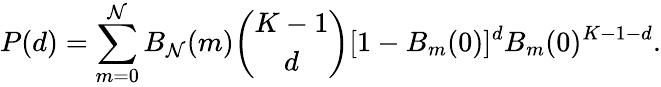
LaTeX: P(d)=\sum_{m=0}^{\mathcal{N}}B_{\mathcal{N}}(m)\binom{K-1}{d}[1-B_{m}(0)]^{d}B_{m}(0)^{K-1-d}.